Cholera in India, 1862 to 1881
Year: 1862
Disease focus: Cholera
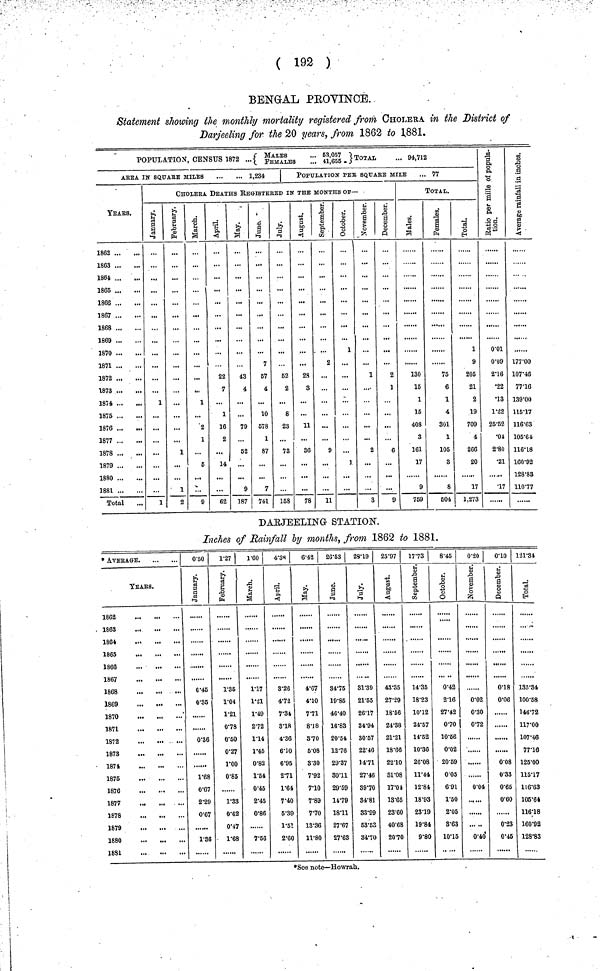
( 192 )
BENGAL PROVINCE.
Statement showing the monthly mortality registered from CHOLERA, in the District of
Darjeeling for the 20 years, from 1862 to 1881.
POPULATION, CENSUS 1872 ...{ MALES...FEMALES... 53,057,41,655 } TOTAL
... 94,712
AREA IN SQUARE MILES
1,234
YEARS.
1862
1863
1864
1865
1866
1867
1868
1869
1870
1871
1872
1873
1874
1875
1876
1877
1878
1879
1880
1881
Total
POPULATION PER SQUARE MILE
... 77
CHOlERA DEATHS REGISTERED IN THE MONTHS Of—
January.
1
...
1
February.
...
1
1
2
March.
,.,
1
2
1
...
5
...
9
April.
22
7
1
16
2
...
14
...
62
May
43
4
79
52
9
187
June.
7
57
4
10
578
1
87
1
741
July.
62
2
8
23
78
158
August.
...
23
3
11
36
78
September.
2
...
9
11
October.
1
...
November.
1
...
2
3
December.
2
1
...
6
9
TOTAL.
Males.
130
15
1
15
403
3
161
17
9
759
Females.
75
6
1
4
301
1
105
3
8
504
Total.
1
9
205
21
2
19
709
4
266
20
17
1,273
Ratio per mi
of populatio
0.01
0.09
2.16
•22
•13
1.22
25.52
.04
2.80
•21
•17
Average rainf
in inches.
177.00
107.46
77.16
139.00
115.17
116.63
105.64
116.18
160.92
128.83
110.77
DARJEELING STATION.
Inches of Rainfall by months, from 1862 to 1881.
* AVERAGE
yEARS.
1862
1863
1864
1865
...
1866
1867
1868
1869
1870
1871
1872
1873
1874
1875
1876
1877
1878
1879
1880
1881
0.50
January.
0.45
0.85
0.36
1.68
0.67
2.29
0.67
1.36
1.27
February.
1.35
1.04
1.21
0.78
0.50
0.27
1.00
0.85
1.33
0.62
0.47
1.68
1.60
March.
1.17
1.21
1.49
2.72
1.14
1.45
0.82
1.54
0.45
2.45
0.86
7.56
4.38
April.
3.26
4.72
7.34
3.18
4.36
6.10
6.95
2.71
1.64
7.40
5.89
1.51
2.60
6.42
4.67
4.10
7.71
8.18
3.70
5.08
3.30
7.92
7.10
7.89
7.70
13.36
11.80
26.53
June.
84.75
19.85
46.40
16.83
20.54
12.76
29.37
30.11
29.69
14.79
18.11
27.67
27.63
28.19
July.
81.39
21.55
26.17
34.94
30.57
22.46
14.71
27.46
89.70
34.81
88.99
63.53
84.70
25.97
August.
43.35
27.29
18.66
21.88
21.21
18.66
22.10
81.08
17.04
13.65
23.60
40.68
20.70
17.73
September.
14.35
18.23
10.12
24.57
14.52
10.36
26.08
11.44
12.84
18.93
23.19
19.84
9.80
8.45
October.
0.42
2.16
27.42
0.70
10.56
0.02
20.69
0.05
6.91
1.50
2.05
8.63
10.15
0.20
November.
0.02
0.30
0.72
0.04
... ...
0.40
0.10|
December.
0.18
0.06
0.08
0.33
0.66
0.60
0.23
0.45
121.34
Total.
135.34
100.58
146.72
117.00
107.46
77.16
125.00
115.17
116.63
105.64
116.18
160.92
128.83
*See note—Howrah.